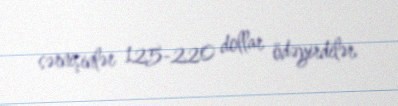
sərnişinlər 125-220 dollar ödəyirdilər.